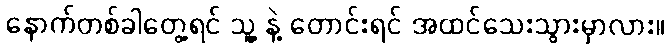
နောက်တစ်ခါတွေ့ရင် သူ့ နဲ့ တောင်းရင် အထင်သေးသွားမှာလား။